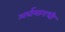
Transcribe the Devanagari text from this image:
अर्घमागधी